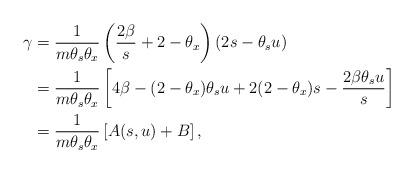
LaTeX: \begin{align*} \gamma &= \frac{1}{m\theta_s\theta_x}\left(\frac{2\beta}{s} + 2 - \theta_x\right)(2s - \theta_su) \\ &= \frac{1}{m\theta_s\theta_x}\left[4\beta - (2-\theta_x)\theta_s u + 2(2-\theta_x)s - \frac{2\beta\theta_su}{s} \right] \\ &= \frac{1}{m\theta_s\theta_x}\left[ A(s,u) + B \right], \end{align*}